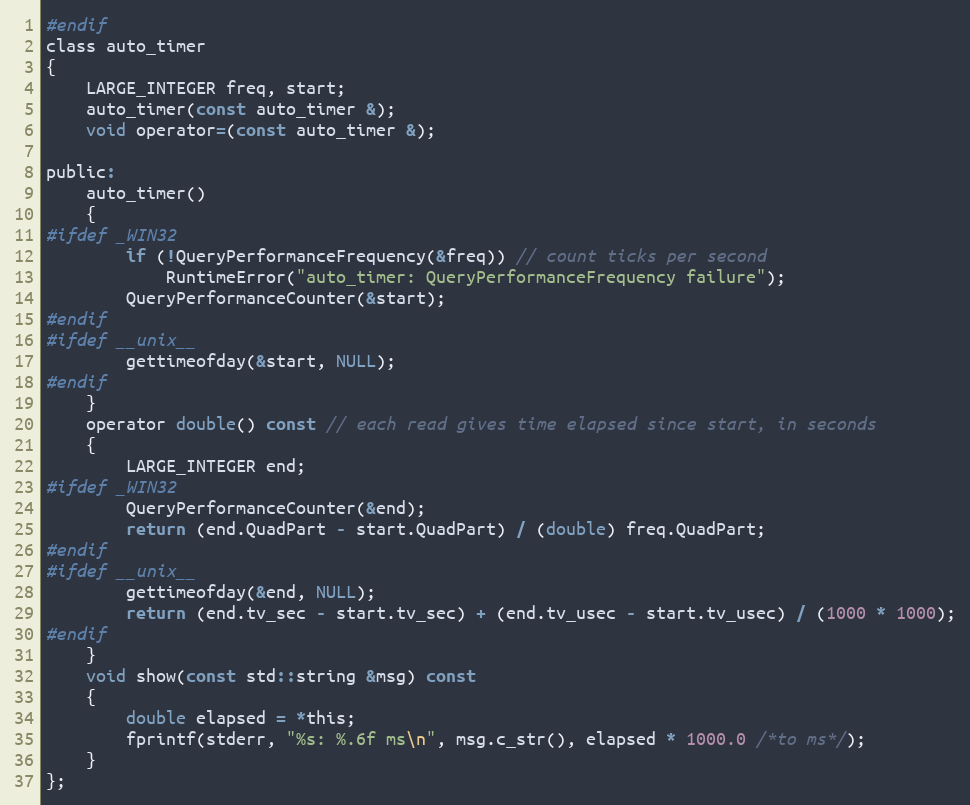
Language: C
#endif
class auto_timer
{
    LARGE_INTEGER freq, start;
    auto_timer(const auto_timer &);
    void operator=(const auto_timer &);

public:
    auto_timer()
    {
#ifdef _WIN32
        if (!QueryPerformanceFrequency(&freq)) // count ticks per second
            RuntimeError("auto_timer: QueryPerformanceFrequency failure");
        QueryPerformanceCounter(&start);
#endif
#ifdef __unix__
        gettimeofday(&start, NULL);
#endif
    }
    operator double() const // each read gives time elapsed since start, in seconds
    {
        LARGE_INTEGER end;
#ifdef _WIN32
        QueryPerformanceCounter(&end);
        return (end.QuadPart - start.QuadPart) / (double) freq.QuadPart;
#endif
#ifdef __unix__
        gettimeofday(&end, NULL);
        return (end.tv_sec - start.tv_sec) + (end.tv_usec - start.tv_usec) / (1000 * 1000);
#endif
    }
    void show(const std::string &msg) const
    {
        double elapsed = *this;
        fprintf(stderr, "%s: %.6f ms\n", msg.c_str(), elapsed * 1000.0 /*to ms*/);
    }
};